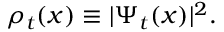
\rho _ { t } ( x ) \equiv | \Psi _ { t } ( x ) | ^ { 2 } .